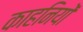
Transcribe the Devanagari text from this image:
काहनियों